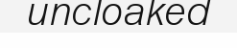
uncloaked